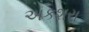
અકશરા